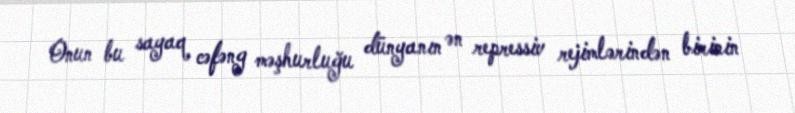
Onun bu sayaq cəfəng məşhurluğu dünyanın ən repressiv rejimlərindən birinin